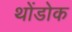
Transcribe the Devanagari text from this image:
थोंडोक